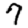
Digit: 7